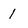
Character: 1